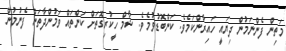
މަތިން ފެންނަމުން ދިޔައީ ހައިރާންކަމެވެ. ކަންބޮޑުވުމެވެ. ޝާމް ހީކުރިގޮތަށް ކަންތައް ވަމުންދާތަން ފެނުމުން